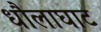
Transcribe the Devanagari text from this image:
धौलाघाट